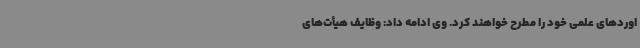
اوردهای علمی خود را مطرح خواهند کرد. وی ادامه داد: وظایف هیأت‌های